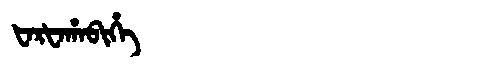
Manchu: ᡶᠠᡵᡶᠠᡥᠠᠪᡳᡥᡝ
Romanization: FARFAHABIHE